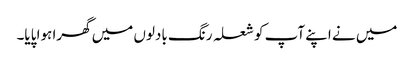
میں نے اپنے آپ کو شعلہ رنگ بادلوں میں گھرا ہوا پایا۔